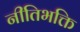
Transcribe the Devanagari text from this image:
नीतिभक्ति